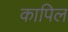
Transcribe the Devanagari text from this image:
कापिल